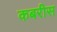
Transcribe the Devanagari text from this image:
कबरीस